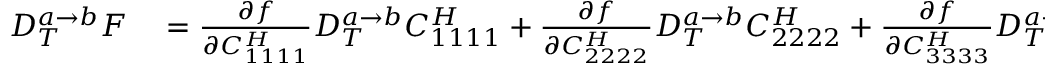
\begin{array} { r l } { D _ { T } ^ { a \rightarrow b } F } & { { } = \frac { \partial f } { \partial C _ { 1 1 1 1 } ^ { H } } D _ { T } ^ { a \rightarrow b } C _ { 1 1 1 1 } ^ { H } + \frac { \partial f } { \partial C _ { 2 2 2 2 } ^ { H } } D _ { T } ^ { a \rightarrow b } C _ { 2 2 2 2 } ^ { H } + \frac { \partial f } { \partial C _ { 3 3 3 3 } ^ { H } } D _ { T } ^ { a \rightarrow b } C _ { 3 3 3 3 } ^ { H } } \end{array}